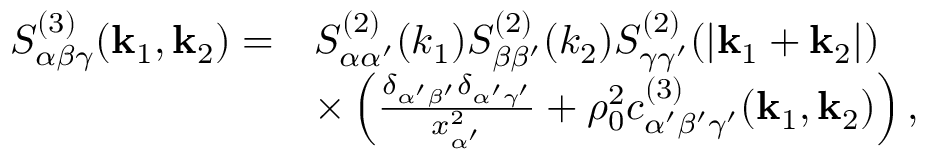
\begin{array} { r l } { S _ { \alpha \beta \gamma } ^ { ( 3 ) } ( \mathbf { k } _ { 1 } , \mathbf { k } _ { 2 } ) = } & { S _ { \alpha \alpha ^ { \prime } } ^ { ( 2 ) } ( { k } _ { 1 } ) S _ { \beta \beta ^ { \prime } } ^ { ( 2 ) } ( { k } _ { 2 } ) S _ { \gamma \gamma ^ { \prime } } ^ { ( 2 ) } ( | \mathbf { k } _ { 1 } + \mathbf { k } _ { 2 } | ) } \\ & { \times \left( \frac { \delta _ { \alpha ^ { \prime } \beta ^ { \prime } } \delta _ { \alpha ^ { \prime } \gamma ^ { \prime } } } { x _ { \alpha ^ { \prime } } ^ { 2 } } + \rho _ { 0 } ^ { 2 } c _ { \alpha ^ { \prime } \beta ^ { \prime } \gamma ^ { \prime } } ^ { ( 3 ) } ( \mathbf { k } _ { 1 } , \mathbf { k } _ { 2 } ) \right) , } \end{array}